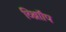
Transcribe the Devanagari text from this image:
व्थ्राॉिंप